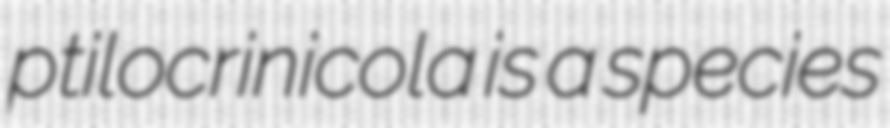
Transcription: ptilocrinicola is a species